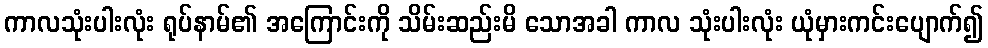
ကာလသုံးပါးလုံး ရုပ်နာမ်၏ အကြောင်းကို သိမ်းဆည်းမိ သောအခါ ကာလ သုံးပါးလုံး ယုံမှားကင်းပျောက်၍